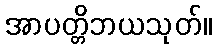
အာပတ္တိဘယသုတ်။